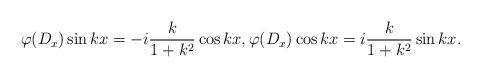
LaTeX: \begin{align*}\varphi(D_x)\sin kx=-i\frac{k}{1+k^2}\cos kx, \varphi(D_x)\cos kx=i\frac{k}{1+k^2}\sin kx.\end{align*}